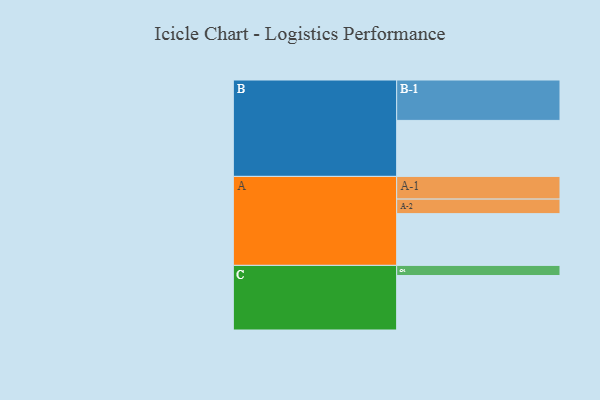
{"axis": {"x": "Segment", "y": "Value"}, "legend": ["", "A", "B", "C"], "data": [{"x": "A", "y": 342, "type": ""}, {"x": "B", "y": 370, "type": ""}, {"x": "C", "y": 360, "type": ""}, {"x": "A-1", "y": 150, "type": "A"}, {"x": "A-2", "y": 96, "type": "A"}, {"x": "B-1", "y": 267, "type": "B"}, {"x": "C-1", "y": 67, "type": "C"}]}